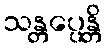
သန္တပ္ပေန္တိ